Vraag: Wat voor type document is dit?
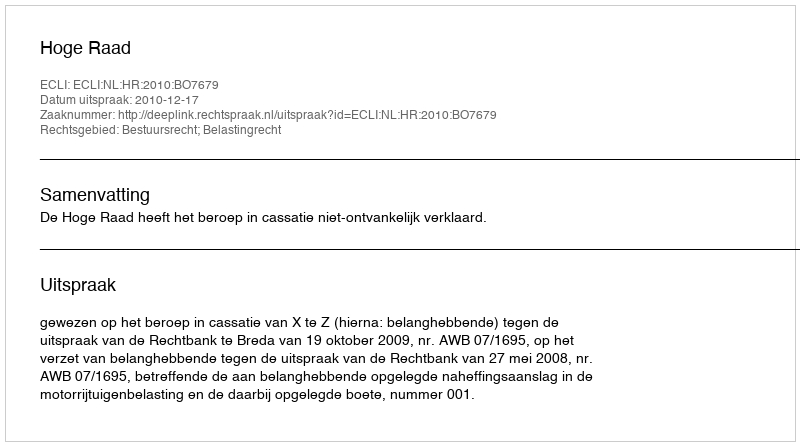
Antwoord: Uitspraak